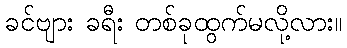
ခင်ဗျား ခရီး တစ်ခုထွက်မလို့လား။